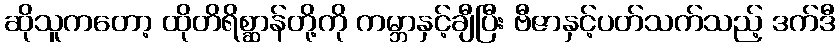
ဆိုသူကတော့ ထိုတိရိစ္ဆာန်တို့ကို ကမ္ဘာနှင့်ချီပြီး ဗီဇာနှင့်ပတ်သက်သည့် ဒက်ဒီ